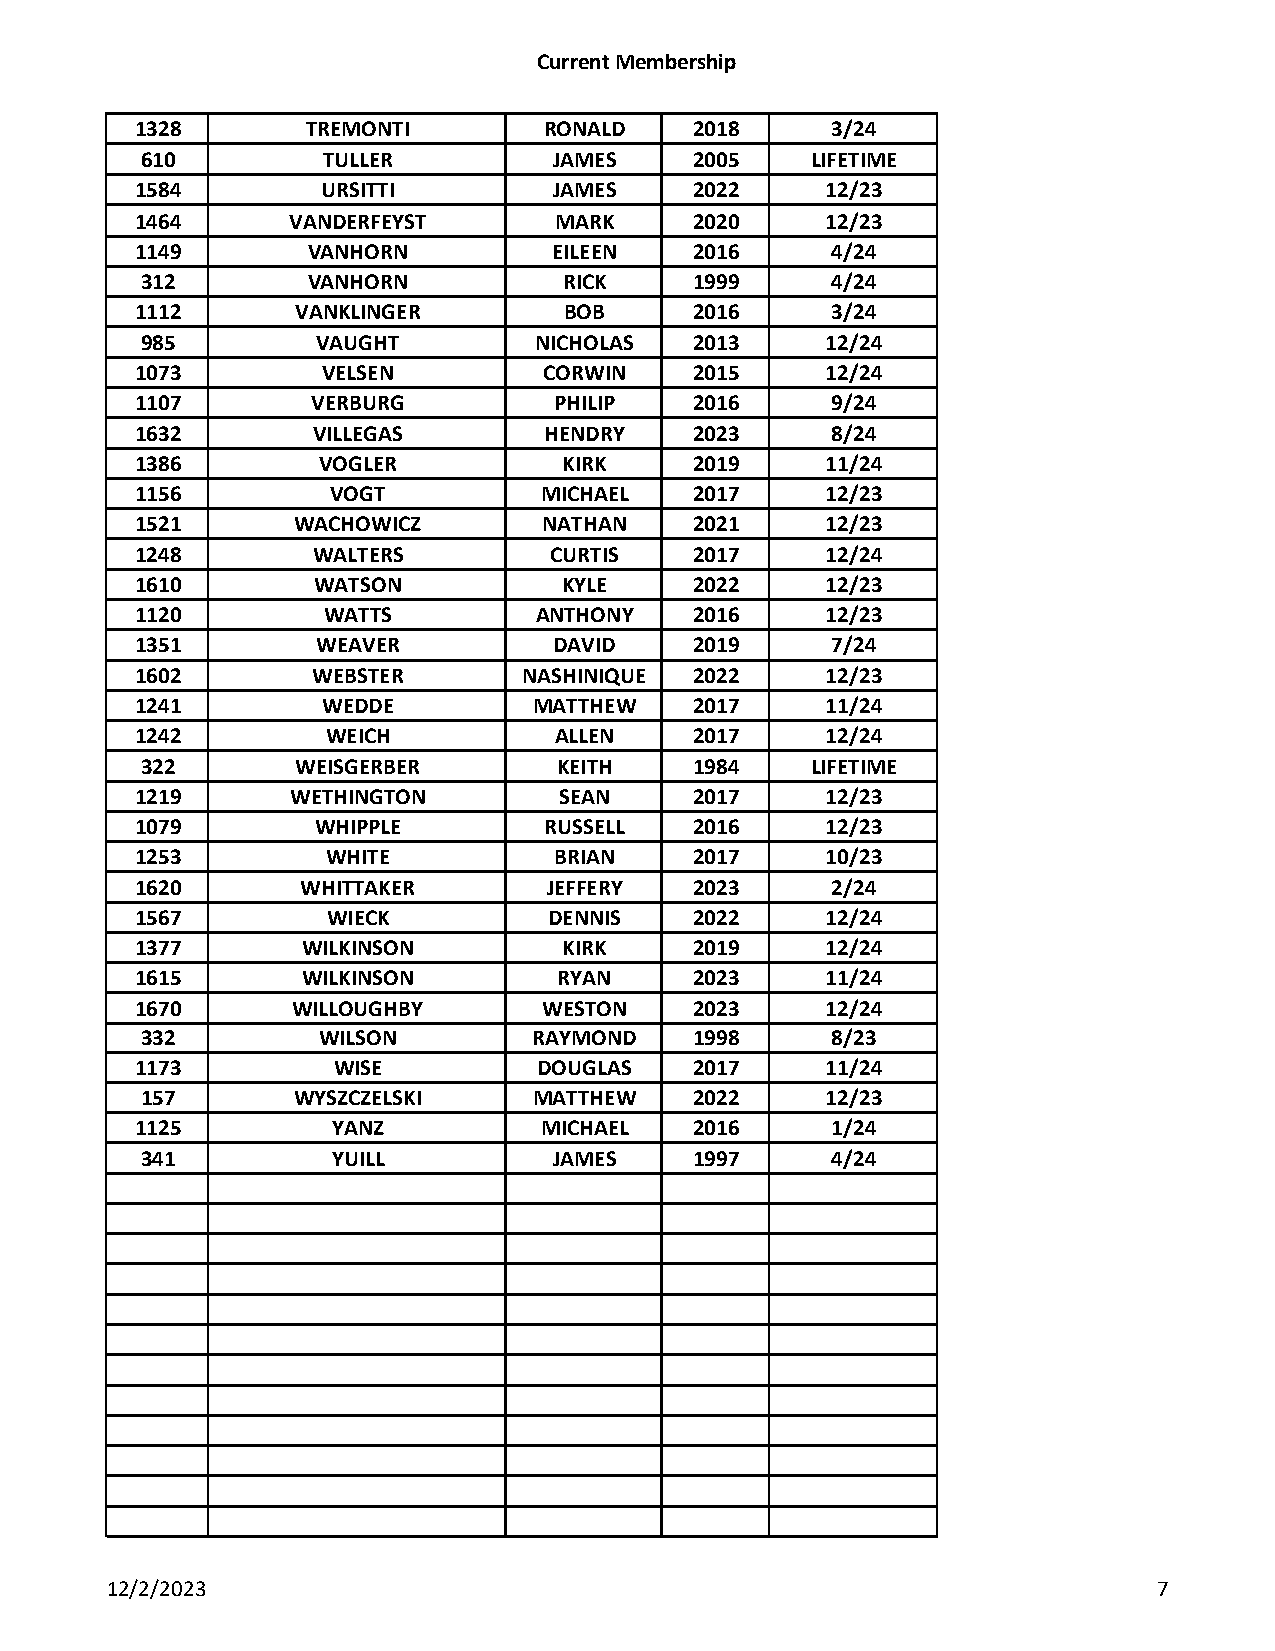
Current Membership
 1328       TREMONTI        RONALD    2018     3/24
 610         TULLER          JAMES    2005    LIFETIME
 1584        URSITTI         JAMES    2022     12/23
 1464      VANDERFEYST       MARK     2020     12/23
 1149       VANHORN          EILEEN   2016     4/24
 312        VANHORN          RICK     1999     4/24
 1112       VANKLINGER       BOB      2016     3/24
 985         VAUGHT        NICHOLAS   2013     12/24
 1073        VELSEN         CORWIN    2015     12/24
 1107        VERBURG         PHILIP   2016     9/24
 1632        VILLEGAS       HENDRY    2023     8/24
 1386        VOGLER          KIRK     2019     11/24
 1156         VOGT          MICHAEL   2017     12/23
 1521      WACHOWICZ        NATHAN    2021     12/23
 1248        WALTERS        CURTIS    2017     12/24
 1610        WATSON          KYLE     2022     12/23
 1120        WATTS         ANTHONY    2016     12/23
 1351        WEAVER          DAVID    2019     7/24
 1602        WEBSTER       NASHINIQUE 2022     12/23
 1241        WEDDE         MATTHEW    2017     11/24
 1242         WEICH          ALLEN    2017     12/24
 322        WEISGERBER       KEITH    1984    LIFETIME
 1219      WETHINGTON        SEAN     2017     12/23
 1079        WHIPPLE        RUSSELL   2016     12/23
 1253         WHITE          BRIAN    2017     10/23
 1620       WHITTAKER       JEFFERY   2023     2/24
 1567         WIECK         DENNIS    2022     12/24
 1377       WILKINSON        KIRK     2019     12/24
 1615       WILKINSON        RYAN     2023     11/24
 1670      WILLOUGHBY       WESTON    2023     12/24
 332         WILSON        RAYMOND    1998     8/23
 1173         WISE          DOUGLAS   2017     11/24
 157       WYSZCZELSKI     MATTHEW    2022     12/23
 1125         YANZ          MICHAEL   2016     1/24
 341          YUILL          JAMES    1997     4/24
 12/2/2023                                                             7